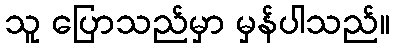
သူ ပြောသည်မှာ မှန်ပါသည်။